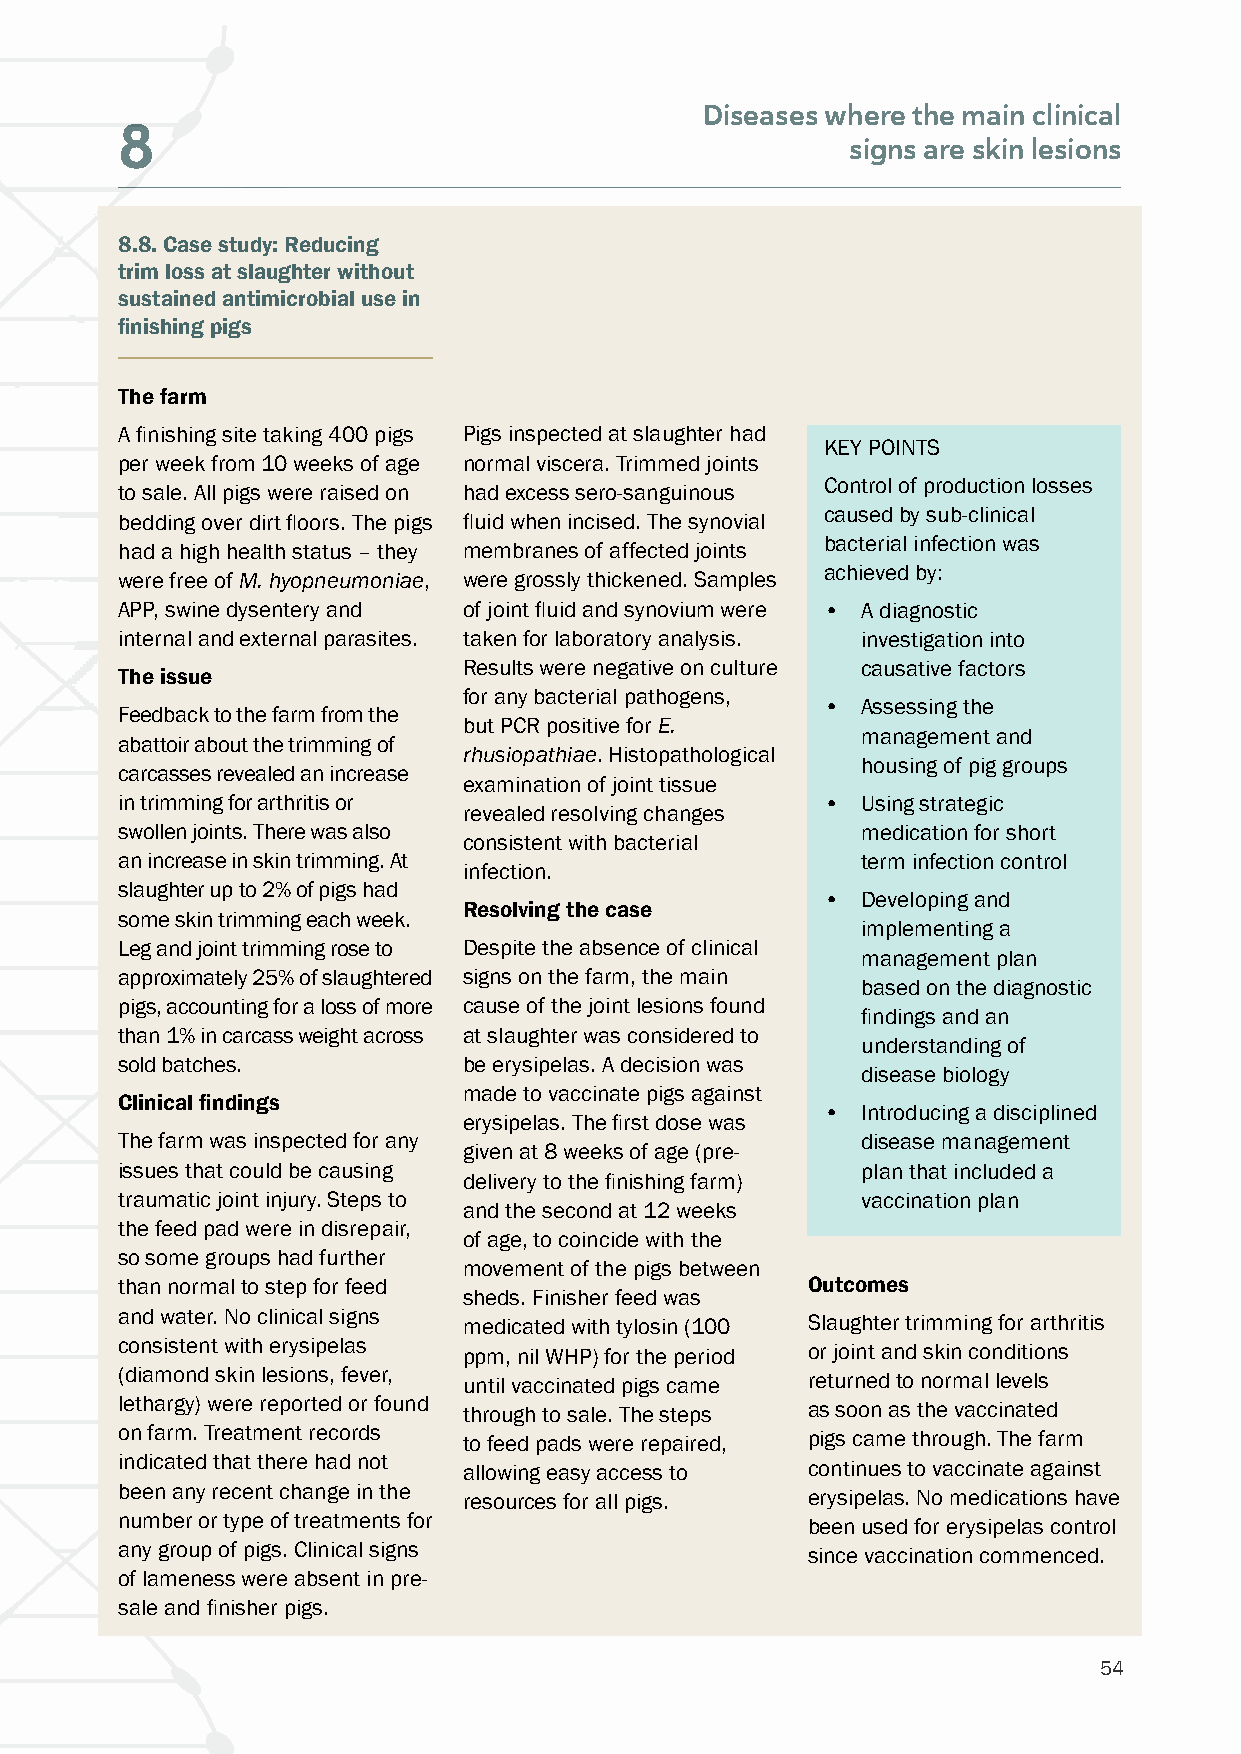
Diseases where the main clinical
 8
 signs are skin lesions
 8.8. Case study: Reducing
 trim loss at slaughter without
 sustained antimicrobial use in
 finishing pigs
 The farm
 A finishing site taking 400 pigs Pigs inspected at slaughter had
 KEY POINTS
 per week from 10 weeks of age normal viscera. Trimmed joints
 Control of production losses
 to sale. All pigs were raised on had excess sero-sanguinous
 caused by sub-clinical
 bedding over dirt floors. The pigs fluid when incised. The synovial
 bacterial infection was
 had a high health status – they membranes of affected joints
 achieved by:
 were free of M. hyopneumoniae, were grossly thickened. Samples
 APP, swine dysentery and of joint fluid and synovium were • A diagnostic
 internal and external parasites. taken for laboratory analysis. investigation into
 Results were negative on culture causative factors
 The issue
 for any bacterial pathogens,
 •  Assessing the
 Feedback to the farm from the
 but PCR positive for E.
 management and
 abattoir about the trimming of
 rhusiopathiae. Histopathological
 housing of pig groups
 carcasses revealed an increase
 examination of joint tissue
 in trimming for arthritis or                  •  Using strategic
 revealed resolving changes
 swollen joints. There was also                   medication for short
 consistent with bacterial
 an increase in skin trimming. At                 term infection control
 infection.
 slaughter up to 2% of pigs had
 •  Developing and
 Resolving the case
 some skin trimming each week.
 implementing a
 Leg and joint trimming rose to Despite the absence of clinical
 management plan
 approximately 25% of slaughtered signs on the farm, the main
 based on the diagnostic
 pigs, accounting for a loss of more cause of the joint lesions found
 findings and an
 than 1% in carcass weight across at slaughter was considered to
 understanding of
 sold batches.          be erysipelas. A decision was
 disease biology
 made to vaccinate pigs against
 Clinical findings
 •  Introducing a disciplined
 erysipelas. The first dose was
 The farm was inspected for any                   disease management
 given at 8 weeks of age (pre-
 issues that could be causing                     plan that included a
 delivery to the finishing farm)
 traumatic joint injury. Steps to                 vaccination plan
 and the second at 12 weeks
 the feed pad were in disrepair,
 of age, to coincide with the
 so some groups had further
 movement of the pigs between
 than normal to step for feed                 Outcomes
 sheds. Finisher feed was
 and water. No clinical signs
 medicated with tylosin (100 Slaughter trimming for arthritis
 consistent with erysipelas
 ppm, nil WHP) for the period or joint and skin conditions
 (diamond skin lesions, fever,
 until vaccinated pigs came returned to normal levels
 lethargy) were reported or found
 through to sale. The steps as soon as the vaccinated
 on farm. Treatment records
 to feed pads were repaired, pigs came through. The farm
 indicated that there had not
 allowing easy access to continues to vaccinate against
 been any recent change in the
 resources for all pigs. erysipelas. No medications have
 number or type of treatments for
 been used for erysipelas control
 any group of pigs. Clinical signs
 since vaccination commenced.
 of lameness were absent in pre-
 sale and finisher pigs.
 54